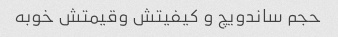
حجم ساندویچ و کیفیتش وقیمتش خوبه